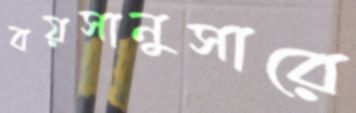
বয়সানুসারে